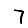
Digit: 7